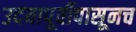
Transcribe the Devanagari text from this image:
उदयापूर्वीपासूनच